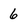
Character: 6